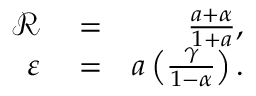
\begin{array} { r l r } { \mathcal { R } } & { { } = } & { \frac { a + \alpha } { 1 + a } , } \\ { \varepsilon } & { { } = } & { a \left( \frac { \gamma } { 1 - \alpha } \right) . } \end{array}